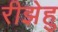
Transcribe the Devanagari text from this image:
रीझेहु